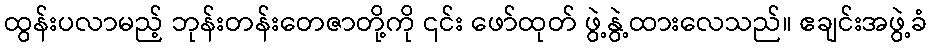
ထွန်းပလာမည့် ဘုန်းတန်းတေဇာတို့ကို ၎င်း ဖော်ထုတ် ဖွဲ့နွဲ့ထားလေသည်။ ဧချင်းအဖွဲ့ခံ